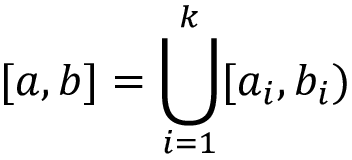
[ a , b ] = \bigcup _ { i = 1 } ^ { k } [ a _ { i } , b _ { i } )